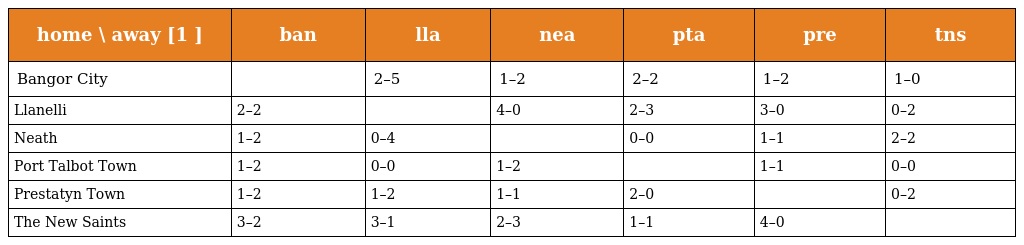
| home \ away [1 ] | ban | lla | nea | pta | pre | tns |
 | --- | --- | --- | --- | --- | --- | --- |
 | Bangor City |  | 2–5 | 1–2 | 2–2 | 1–2 | 1–0 |
 | Llanelli | 2–2 |  | 4–0 | 2–3 | 3–0 | 0–2 |
 | Neath | 1–2 | 0–4 |  | 0–0 | 1–1 | 2–2 |
 | Port Talbot Town | 1–2 | 0–0 | 1–2 |  | 1–1 | 0–0 |
 | Prestatyn Town | 1–2 | 1–2 | 1–1 | 2–0 |  | 0–2 |
 | The New Saints | 3–2 | 3–1 | 2–3 | 1–1 | 4–0 |  |